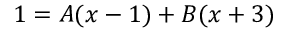
1 = A ( x - 1 ) + B ( x + 3 )